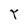
Character: r